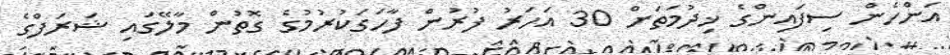
އަންހެން ސިފައިންގެ ޚިދުމަތަށް 30 އަހަރު ފުރުން ފާހަގަކުރުމުގެ ގޮތުން މާލޭގައި ޝަރަފްގެ